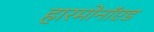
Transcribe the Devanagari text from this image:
हारमोनॉएड